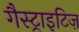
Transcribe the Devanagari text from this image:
गैस्ट्राइटिज़